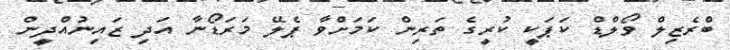
ބްރެޒިލް ވޯލްޑް ކަޕަކީ ކުރީގެ ތަރިން ކަމަށްވާ ޕެލޭ މަރަޑޯނާ އަދި ޒައިނުއްދީން